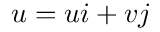
\boldsymbol { u } = u \boldsymbol { i } + v \boldsymbol { j }